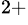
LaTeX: ^{2+}